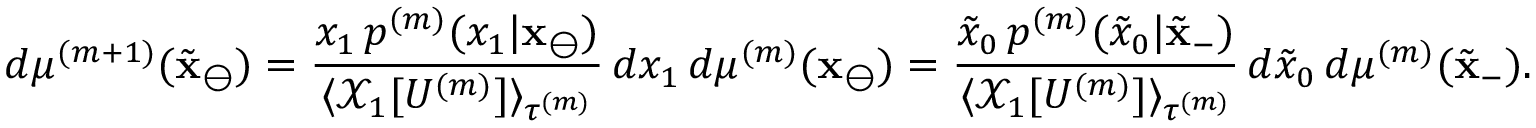
d \mu ^ { ( m + 1 ) } ( \tilde { \mathbf { x } } _ { \ominus } ) = \frac { x _ { 1 } \, p ^ { ( m ) } ( x _ { 1 } | \mathbf { x } _ { \ominus } ) } { \langle \mathcal { X } _ { 1 } [ U ^ { ( m ) } ] \rangle _ { \tau ^ { ( m ) } } } \, d x _ { 1 } \, d \mu ^ { ( m ) } ( \mathbf { x } _ { \ominus } ) = \frac { \tilde { x } _ { 0 } \, p ^ { ( m ) } ( \tilde { x } _ { 0 } | \tilde { \mathbf { x } } _ { - } ) } { \langle \mathcal { X } _ { 1 } [ U ^ { ( m ) } ] \rangle _ { \tau ^ { ( m ) } } } \, d \tilde { x } _ { 0 } \, d \mu ^ { ( m ) } ( \tilde { \mathbf { x } } _ { - } ) .